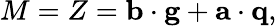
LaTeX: M=Z={\mathbf b}\cdot{\mathbf g}+{\mathbf a}\cdot{\mathbf q},